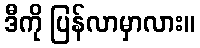
ဒီကို ပြန်လာမှာလား။